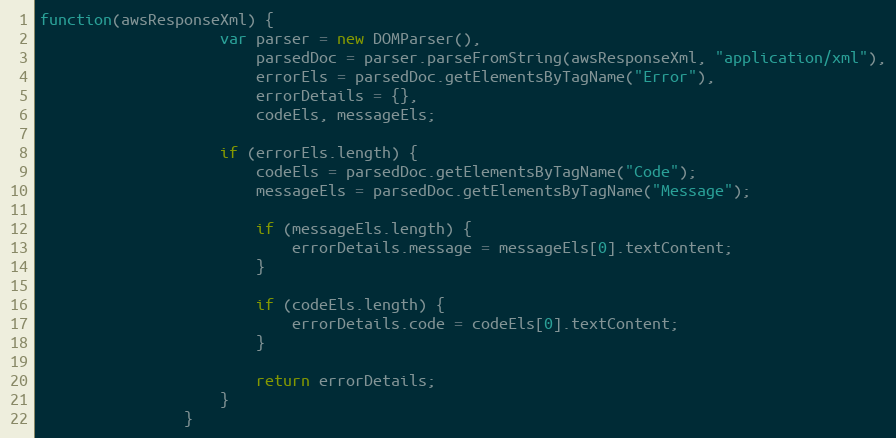
Language: JavaScript
function(awsResponseXml) {
                    var parser = new DOMParser(),
                        parsedDoc = parser.parseFromString(awsResponseXml, "application/xml"),
                        errorEls = parsedDoc.getElementsByTagName("Error"),
                        errorDetails = {},
                        codeEls, messageEls;

                    if (errorEls.length) {
                        codeEls = parsedDoc.getElementsByTagName("Code");
                        messageEls = parsedDoc.getElementsByTagName("Message");

                        if (messageEls.length) {
                            errorDetails.message = messageEls[0].textContent;
                        }

                        if (codeEls.length) {
                            errorDetails.code = codeEls[0].textContent;
                        }

                        return errorDetails;
                    }
                }